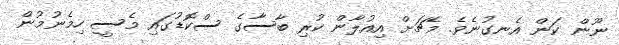
ނޫން ކަން އެނގުނެވެ. މެޗަށް އިއުލާން ކުރި ބާސާގެ ސްކޮޑުގައި މެސީ ހިމެނުމުން